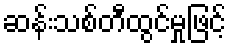
ဆန်းသစ်တီထွင်မှုဖြင့်